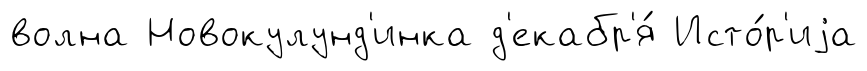
волна Новокулунд'инка д'екабр'я́ Исто́р'иjа